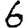
Digit: 6